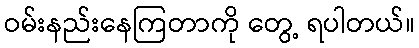
ဝမ်းနည်းနေကြတာကို တွေ့ ရပါတယ်။